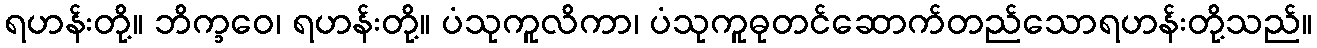
ရဟန်းတို့။ ဘိက္ခဝေ၊ ရဟန်းတို့။ ပံသုကူလိကာ၊ ပံသုကူဓုတင်ဆောက်တည်သောရဟန်းတို့သည်။